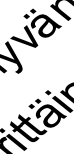
tt ä